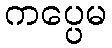
ကပ္ပေမ